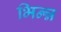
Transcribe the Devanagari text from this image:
भिन्न्न